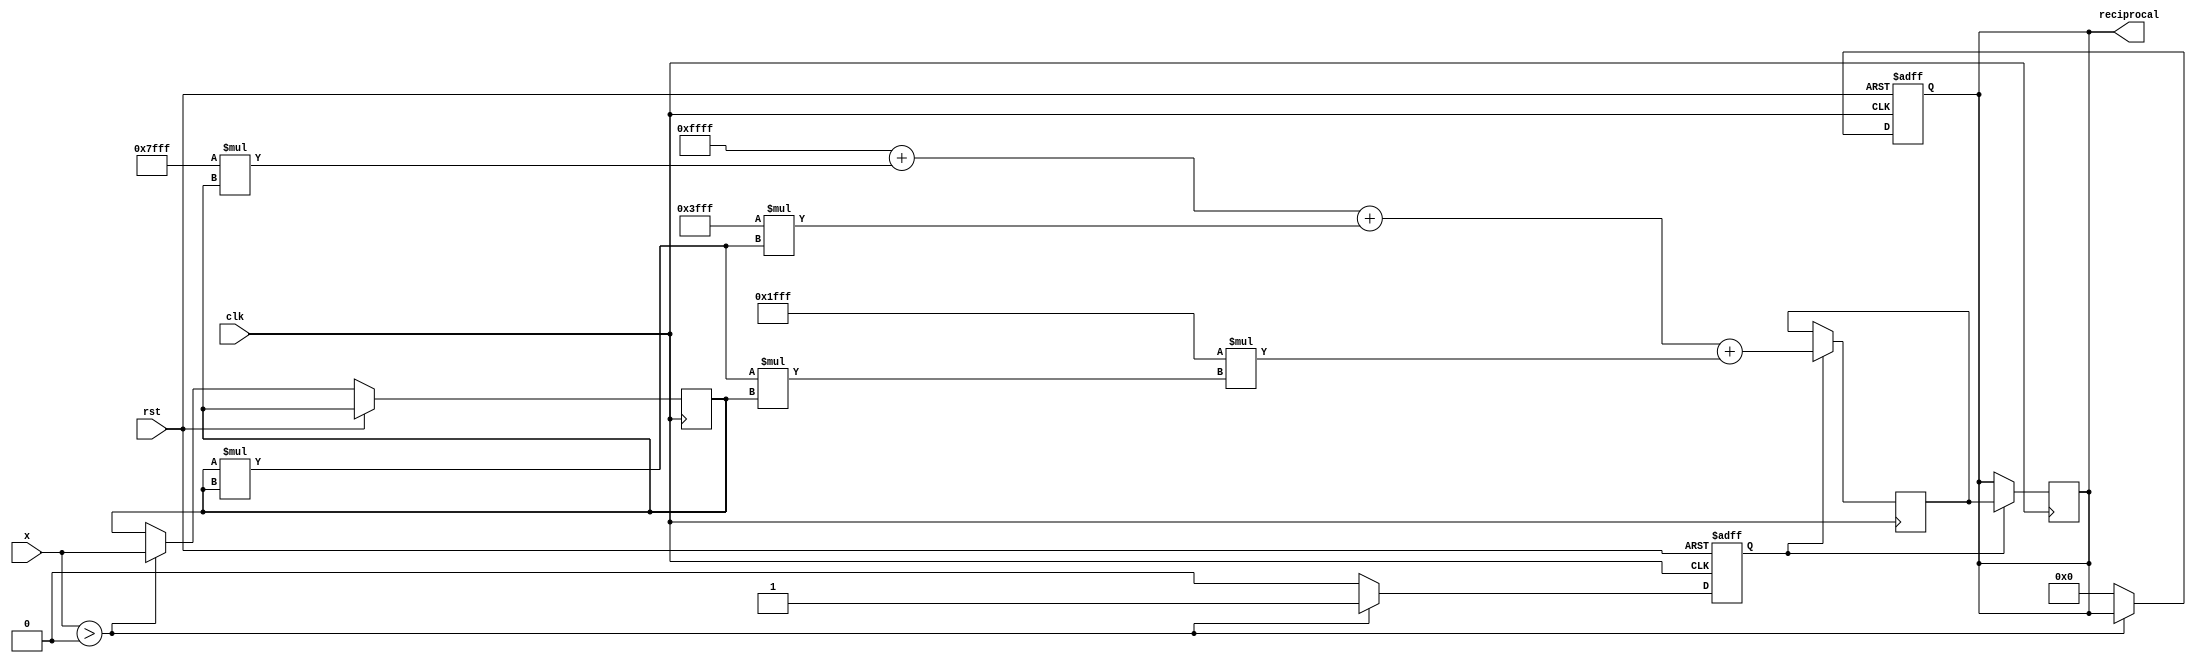
module polynomial_reciprocal (
    input wire [15:0] x,         // Input value (fixed-point, range [0, 1])
    output reg [15:0] reciprocal, // Output reciprocal (fixed-point)
    input wire clk,              // Clock signal
    input wire rst               // Reset signal
);

    // Polynomial coefficients for approximation (example coefficients)
    parameter C0 = 16'hFFFF; // Example coefficient for R(x) = 1 - x + x^2 - x^3 + ...
    parameter C1 = 16'h7FFF; // Example coefficient
    parameter C2 = 16'h3FFF; // Example coefficient
    parameter C3 = 16'h1FFF; // Example coefficient

    // Error value for invalid input
    parameter ERROR_VALUE = 16'h0000; // Define error value for invalid input

    // Internal signals
    reg [15:0] x_transformed; // Transformed input for polynomial evaluation
    reg [15:0] polynomial_result; // Result of polynomial evaluation
    reg valid_input; // Flag for valid input

    // Check input validity and transform input
    always @(posedge clk or posedge rst) begin
        if (rst) begin
            reciprocal <= 16'h0000; // Reset output
            valid_input <= 1'b0; // Reset valid input flag
        end else begin
            if (x > 16'h0000) begin // Check if x > 0
                valid_input <= 1'b1;
                x_transformed <= x; // Use x directly for simplicity
            end else begin
                valid_input <= 1'b0;
                reciprocal <= ERROR_VALUE; // Set error value
            end
        end
    end

    // Polynomial evaluation using Horner's method
    always @(posedge clk) begin
        if (valid_input) begin
            polynomial_result <= C0 + (C1 * x_transformed) + (C2 * (x_transformed * x_transformed)) + (C3 * (x_transformed * x_transformed * x_transformed));
            // Scale the result if necessary
            reciprocal <= polynomial_result; // Assign polynomial result to reciprocal
        end
    end

    // Optional: Iterative refinement (Newton-Raphson method)
    // Uncomment the following block if iterative refinement is desired
    /*
    reg [15:0] approx; // Initial approximation
    always @(posedge clk) begin
        if (valid_input) begin
            approx <= polynomial_result; // Start with polynomial result
            // Newton-Raphson iteration
            approx <= approx * (2'h1 - (x * approx)); // Update approximation
            reciprocal <= approx; // Final result
        end
    end
    */

endmodule